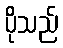
ပိုသည်